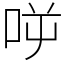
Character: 𠱘